Medical and sanitary report of the native army of Madras for the year
Year: 1875
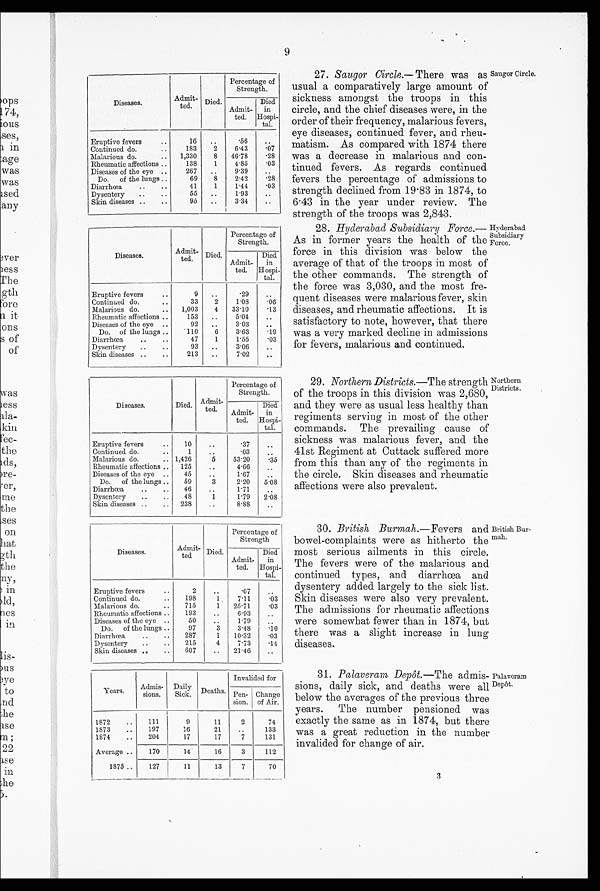
9
Diseases.
Admit
¬ted. Died.
Percentage of
Strength.
Admit
¬ted.
Died
in
Hospi¬tal.
Eruptive fevers..
1 6 ..
.56
..
Continued do.
..
183
2
6.43
.07
Malarious do.
..
1,330
8 46.78
. 2 8
Rheumatic affections ..
138
1
4.85
. 0 3
Diseases of the eye ..
26
.
9.39
.
Do. of the lungs..
69
8 .
2.42
. 2 8
Diarrhoea
..
..
41
1
1.44
. 0 3
Dysentery
..
..
55
..
1.93
..
Skin diseases ..
..
95
..
3.34
..
Diseases.
Admit
¬ted. Died.
Percentage of
Strength.
Admit
¬ted.
Died
in
Hospi
¬tal.
Eruptive fevers..
9 .
.29
Continued do.
..
33
2 .
1.08
. 0 6
Malarious do.
..
1,003
4
33 . 10
. 1 3
Rheumatic affections ..
153
..
5 . 0 4
..
Diseases of the eye ..
92 ..
3.03
.
Do. of the lungs .
110
6 .
3.63
. 1 9
Diarrhoœa . .
. .
47
1
1 . 5 5
. 0 3
Dysentery
..
..
9 3 ..
3.06
..
Skin diseases ..
..
213
..
7.02
..
27. Saugor Circle.— There was as
usual a comparatively large amount of
sickness amongst the troops in this
circle, and the chief diseases were, in the
order of their frequency, malarious fevers,
eye diseases, continued fever, and rheu-
matism. As compared with 1874 there
was a decrease in malarious and con-
tinued fevers. As regards continued
fevers the percentage of admissions to
strength declined from 19.83 in 1874, to
6.43 in the year under review. The
strength of the troops was 2,843.
28. Hyderabad Subsidiary Force.
— A s i n f o r m e r y e a r s t h e h e a l t h o f t h e
force in this division was below the
average of that of the troops in most of
the other commands. The strength of
the force was 3,030, and the most fre-
quent diseases were malarious fever, skin
diseases, and rheumatic affections. It is
satisfactory to note, however, that there
was a very marked decline in admissions
for fevers, malarious and continued.
Saugor Circle.
Hyderabad
Subsidiary
Force.
Diseases.
Died. Admit
¬ted.
Percentage of
Strength.
Admit
¬ted.
Died
in
Hospi
¬tal.
Eruptive fevers
..
10
..
.37
..
Continued do...
1
..
03
Malarious do.
.. 1,426
5
53.20
.35
Rheumatic affections .. 125
..
4.66
..
Diseases of the eye ..
45
.
1.67
.
Do. of the lungs ..
59
3
2.20
5.08
Diarrhœa
..
..
46
..
1.71
.
Dysentery
..
..
48
1 1.79
2.08
Skin diseases ..
.. 238
..
8.88
..
Diseases.
Admit
¬ted
Died.
Percentage
Strength
of
Admit
¬ted.
Died
in
Hospi
¬tal.
Eruptive fevers..
2
..
.07
. .
Continued do.
..
198
1
7.11
. 0 3
Malarious do.
..
715
1
2 5 . 7 1
. 0 3
Rheumatic affections ..
193
..
6.93
..
Diseases of the eye ..
50
..
1.79
.
Do. of the lungs ..
97
3
3.48
. 1 0
Diarrhœa
..
..
287
1
10.32
. 0 3
Dysentery
..
..
215
4
7.73
. 1 4
Skin diseases ..
..
607
..
21.46
..
Years.
Admis
¬sions.
Daily
Sick. Deaths.
Invalided for
P e n ¬ s i o n .
Change
of Air.
1872
...
111
9
11
2
74
1873
..
197
16
21
..
133
1871
..
204
17
17
7
131
Average..
170
14
16
3
112
1875..
127
11
13
7
70
29. Northern Districts.— The strength
of the troops in this division was 2,680,
and they were as usual less healthy than
regiments serving in most of the other
commands. The prevailing cause of
sickness was malarious fever, and the
41st Regiment at Cuttack suffered more
from this than any of the regiments in
the circle. Skin diseases and rheumatic
affections were also prevalent.
30. British Burmah.—Fevers and
bowel–complaints were as hitherto the
most serious ailments in this circle.
The fevers were of the malarious and
continued types, and diarrhœa and
dysentery added largely to the sick list.
Skin diseases were also very prevalent.
The admissions for rheumatic affections
were somewhat fewer than in 1874, but
there was a slight increase in lung
diseases.
31. Palaveram Depot.—The admis-
sions, daily sick, and deaths were all
below the averages of the previous three
years. The number pensioned was
exactly the same as in 1874, but there
was a great reduction in the number
invalided for change of air.
3
Northern
Districts.
British Bur-
mah.
Palaveram
Depôt.